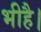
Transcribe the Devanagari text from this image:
भीहै।